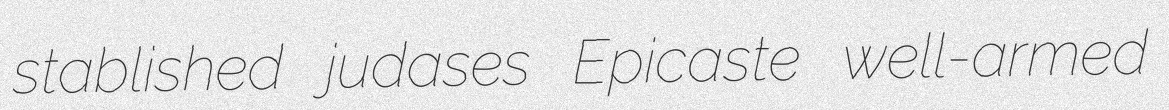
stablished judases Epicaste well-armed